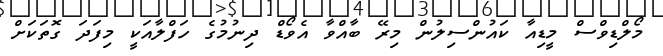
މޯލްޑިވްސް މީޑިއާ ކައުންސިލުން މިރޭ ބާއްވާ އެވޯޑް ދިނުމުގެ ހަފްލާއަކީ މިފަދަ ގޮތަކަށް